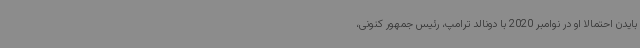
بایدن احتمالا او در نوامبر 2020 با دونالد ترامپ، رئیس جمهور کنونی،